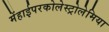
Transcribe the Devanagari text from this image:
मेंहाईपरकोलेस्ट्रोलेमिया